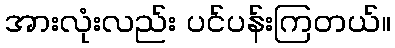
အားလုံးလည်း ပင်ပန်းကြတယ်။